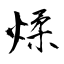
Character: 煣